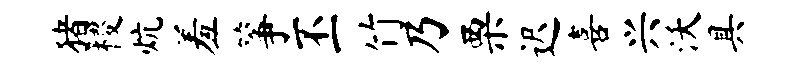
猪稷炕羞筝丕竹乃栗迟喜兴沃具